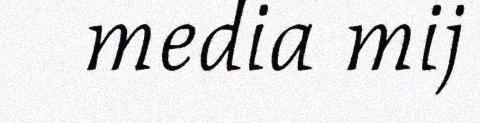
media mij